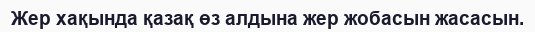
Жер хақында қазақ өз алдына жер жобасын жасасын.